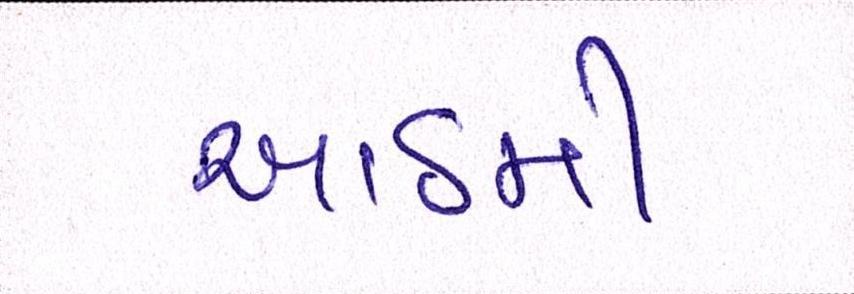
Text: આઠમી